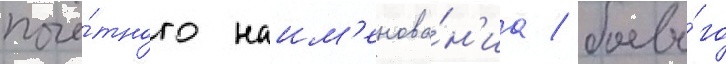
почё́тного наим'енова́н'иа / боево́го